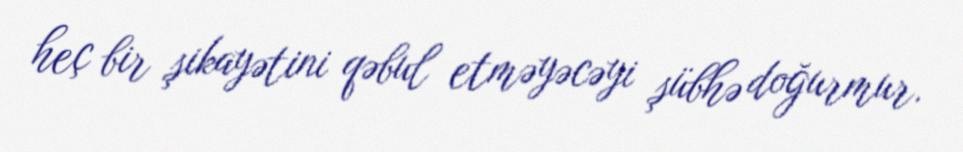
heç bir şikayətini qəbul etməyəcəyi şübhə doğurmur.